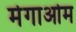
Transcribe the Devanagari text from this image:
मेगाओम